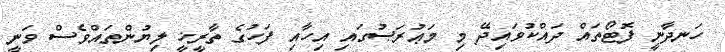
ހަނދާނީ ފޮޓޯތައް ދައްކުވައިދޭ މި މަޢުރަޞުގައި އިހާއި ފަހުގެ ތާރީޚީ ލިޔުންތައްވެސް ވަނީ